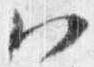
八